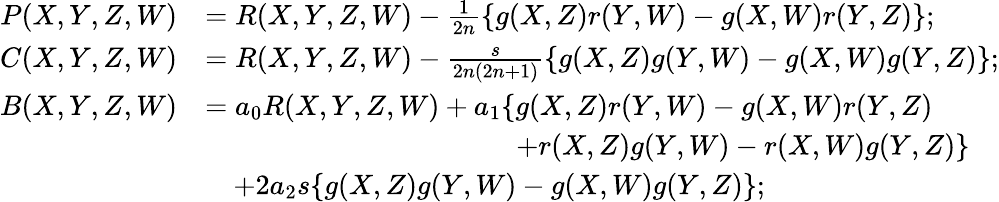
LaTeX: \begin{array}{rl}{P(X,Y,Z,W)}&{=R(X,Y,Z,W)-\frac{1}{2n}\{ g(X,Z)r(Y,W)-g(X,W)r(Y,Z)\} ;}\\ {C(X,Y,Z,W)}&{=R(X,Y,Z,W)-\frac{s}{2n(2n+1)}\{ g(X,Z)g(Y,W)-g(X,W)g(Y,Z)\} ;}\\ {B(X,Y,Z,W)}&{=a_{0}R(X,Y,Z,W)+a_{1}\{ g(X,Z)r(Y,W)-g(X,W)r(Y,Z)}\\ &{\qquad\qquad\qquad\qquad\qquad\quad+r(X,Z)g(Y,W)-r(X,W)g(Y,Z)\} }\\ &{\quad+2a_{2}s\{ g(X,Z)g(Y,W)-g(X,W)g(Y,Z)\} ;}\end{array}